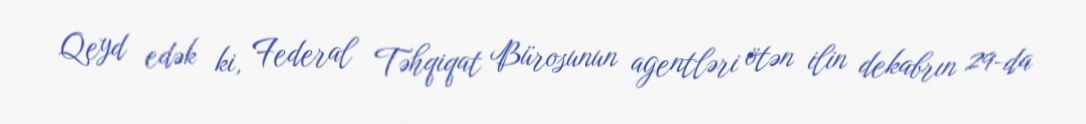
Qeyd edək ki, Federal Təhqiqat Bürosunun agentləri ötən ilin dekabrın 29-da